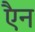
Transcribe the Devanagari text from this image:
एैन